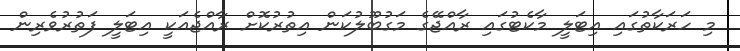
މި ހަރަކާތުގައި އިޓަލީ މާކެޓުގައި ރާއްޖޭގެ މަގުބޫލުކަން އިތުރުކޮށް ރާއްޖެއަކީ އިޓަލީ ފަތުރުވެރިން